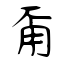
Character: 甭